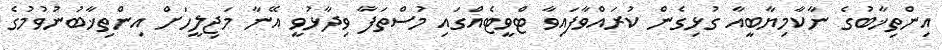
އިންތިޚާބުގެ ނާކާމިޔާބީއާ ގުޅިގެން ކުރައްވާފައިވާ ޓްވީޓެއްގައި މުސްތަފާ ވިދާޅުވީ އޭނާ މަޖިލީހަށް އިންތިޚާބުނުވުމުގެ